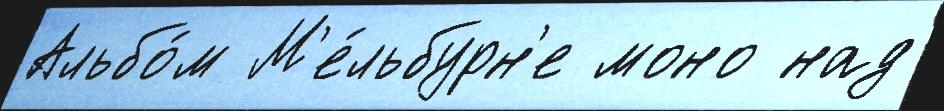
Альбо́м М'е́льбурн'е моно над